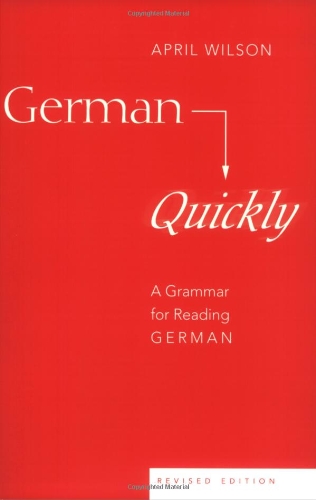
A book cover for German Quickly: A Grammar for Reading German; April Wilson; Reference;